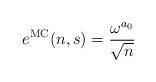
LaTeX: \begin{align*}e^{\mathrm{MC}}(n,s)=\frac{\omega^{a_0}}{\sqrt{n}}\end{align*}